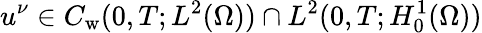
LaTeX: u^{\nu}\in C_{\mathrm w}(0,T;L^{2}(\Omega))\cap L^{2}(0,T;H_{0}^{1}(\Omega))